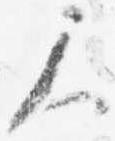
尺